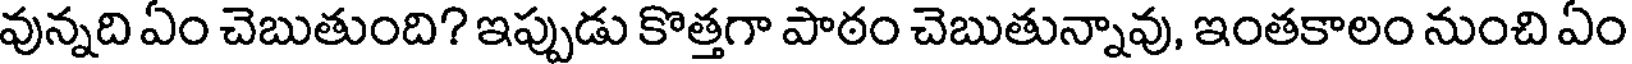
వున్నది ఏం చెబుతుంది? ఇప్పుడు కొత్తగా పాఠం చెబుతున్నావు, ఇంతకాలం నుంచి ఏం